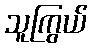
သူကြွယ်